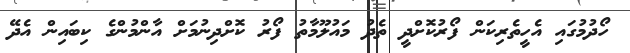
ހޯދުމުގައި އެހީތެރިކަން ފޯރުކޮށްދީ ތެދު މައުލޫމާތު ފޯރު ކޮށްދިނުމަށް އާންމުންގެ ކިބައިން އެދޭ